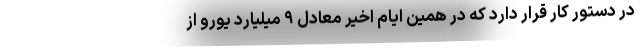
در دستور کار قرار دارد که در همین ایام اخیر معادل ۹ میلیارد یورو از